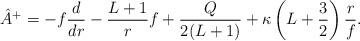
LaTeX: \begin{align*} \hat{A}^+ = - f \frac{d}{dr} - \frac{L+1}{r} f + \frac{Q}{2(L+1)} + \kappa \left(L+\frac{3}{2}\right) \frac{r}{f}.\end{align*}